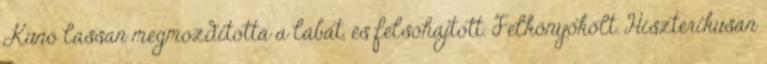
Kunó lassan megmozdította a lábát, és felsóhajtott. Felkönyökölt. Hisztérikusan